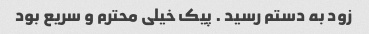
زود به دستم رسید ‌. پیک خیلی محترم و سریع بود